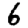
Digit: 6